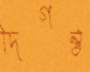
দিগন্ত